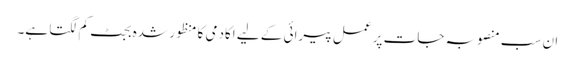
ان سب منصوبہ جات پر عمل پیرائی کے لیے اکادمی کا منظور شدہ بجٹ کم لگتا ہے۔